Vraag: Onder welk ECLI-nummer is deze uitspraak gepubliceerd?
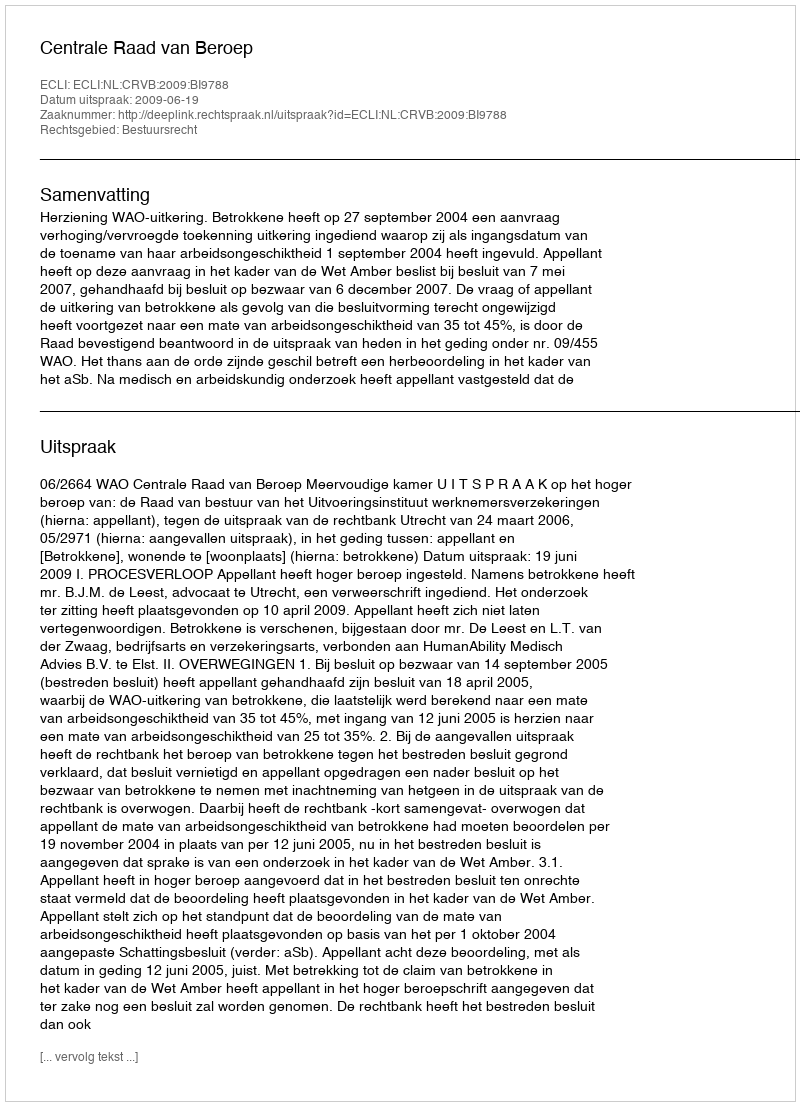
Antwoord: ECLI:NL:CRVB:2009:BI9788